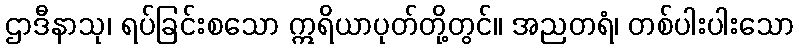
ဌာဒီနာသု၊ ရပ်ခြင်းစသော ဣရိယာပုတ်တို့တွင်။ အညတရံ၊ တစ်ပါးပါးသော